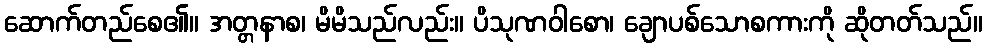
ဆောက်တည်စေ၏။ အတ္တနာစ၊ မိမိသည်လည်း။ ပိသုဏဝါစော၊ ချောပစ်သောစကားကို ဆိုတတ်သည်။